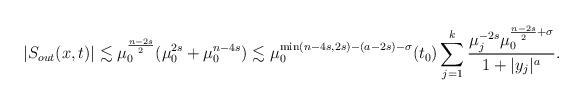
LaTeX: \begin{align*}|S_{out}(x, t)|\lesssim \mu_0^{\frac{n-2s}{2}}(\mu_0^{2s}+\mu_0^{n-4s})\lesssim \mu_0^{\min(n-4s,2s)-(a-2s)-\sigma}(t_0)\sum_{j=1}^k\frac{\mu_j^{-2s}\mu_0^{\frac{n-2s}{2}+\sigma}}{1+|y_j|^{a}}.\end{align*}